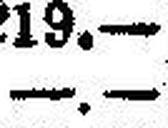
—.—